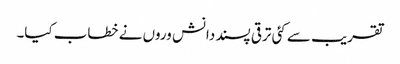
تقریب سے کئی ترقی پسند دانش وروں نے خطاب کیا۔